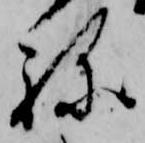
ね